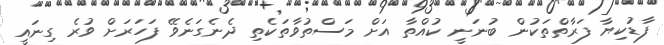
ފާޑުކިޔާ ފަރާތްތަކުން ބުނަނީ ކުއްތާ އަށް މަސްތުވާތަކެތި ދެނެގަނެވޭ ފަހަރަށް ވުރެ ގިނައީ